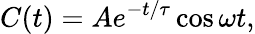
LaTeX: C(t)=Ae^{-t/\tau}\cos\omega t,